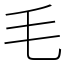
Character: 毛